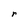
Character: r